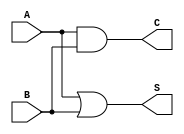
module threshold_half_adder (
    input wire A,  // First binary input
    input wire B,  // Second binary input
    output wire S, // Sum output
    output wire C  // Carry output
);

// Logic for Sum (S) and Carry (C)
assign S = (A | B); // S is 1 if A + B >= 1
assign C = A & B;   // C is 1 if A = 1 AND B = 1

endmodule